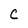
Character: C